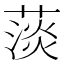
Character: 𦸁